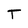
Character: T